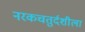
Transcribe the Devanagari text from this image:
नरकचतुर्दशीला